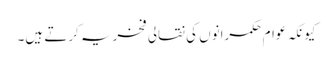
کیونکہ عوام حکمرانوں کی نقالی فخریہ کرتے ہیں۔